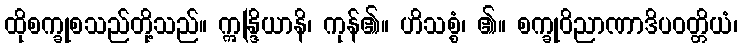
ထိုစက္ခုစသည်တို့သည်။ ဣန္ဒြိယာနိ၊ ကုန်၏။ ဟိသစ္စံ၊ ၏။ စက္ခုဝိညာဏာဒိပဝတ္တိယံ၊